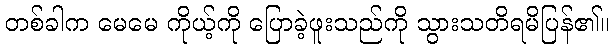
တစ်ခါက မေမေ ကိုယ့်ကို ပြောခဲ့ဖူးသည်ကို သွားသတိရမိပြန်၏။